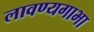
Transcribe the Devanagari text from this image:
लावण्यगाभा